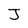
Character: J